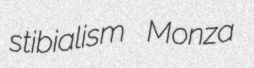
stibialism Monza